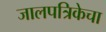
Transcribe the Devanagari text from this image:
जालपत्रिकेचा